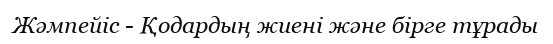
Жәмпейіс - Қодардың жиені және бірге тұрады